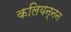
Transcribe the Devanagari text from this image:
कलियन्नन